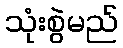
သုံးစွဲမည်